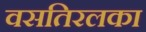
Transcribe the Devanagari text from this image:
वसतिरलका